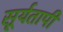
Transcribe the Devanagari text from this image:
सूर्यतापी